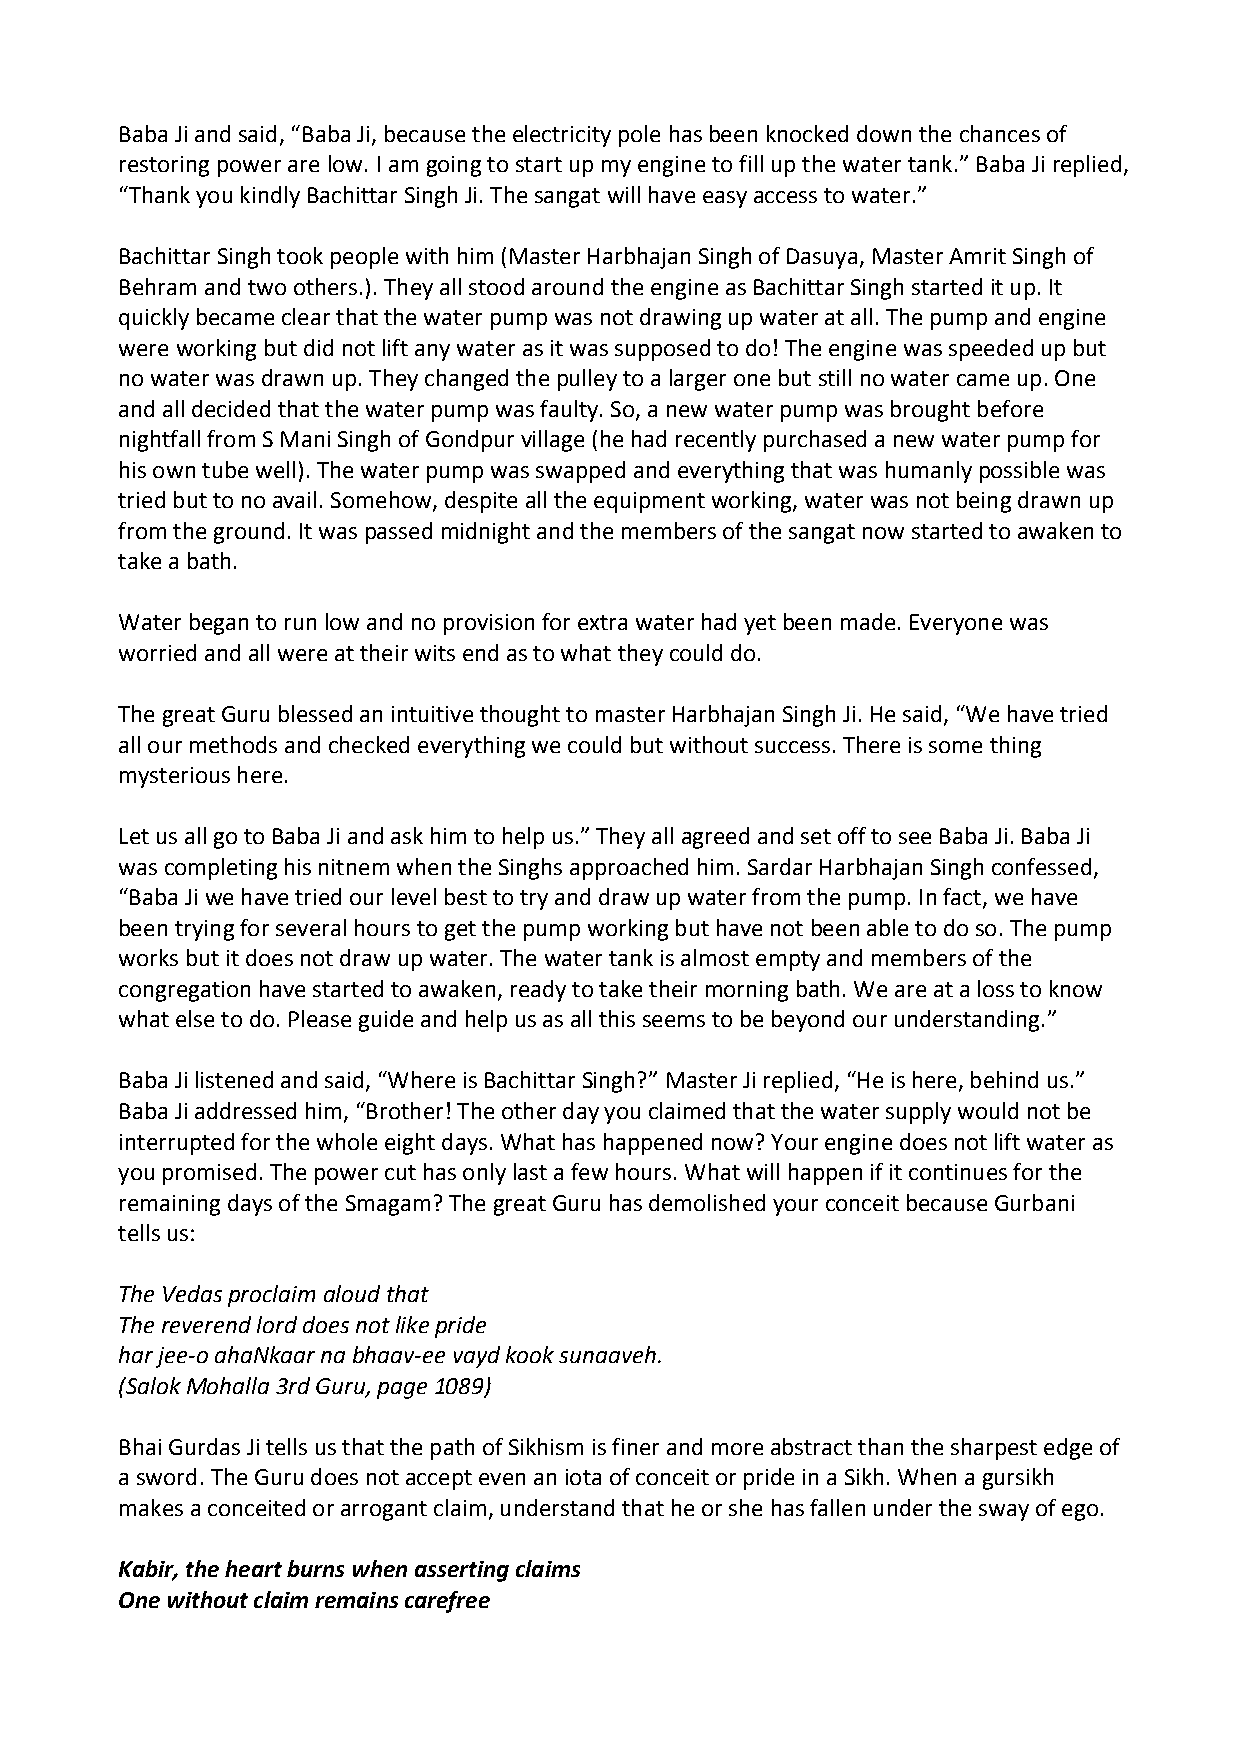
Baba Ji and said, “Baba Ji, because the electricity pole has been knocked down the chances of
 restoring power are low. I am going to start up my engine to fill up the water tank.” Baba Ji replied,
 “Thank you kindly Bachittar Singh Ji. The sangat will have easy access to water.”
 Bachittar Singh took people with him (Master Harbhajan Singh of Dasuya, Master Amrit Singh of
 Behram and two others.). They all stood around the engine as Bachittar Singh started it up. It
 quickly became clear that the water pump was not drawing up water at all. The pump and engine
 were working but did not lift any water as it was supposed to do! The engine was speeded up but
 no water was drawn up. They changed the pulley to a larger one but still no water came up. One
 and all decided that the water pump was faulty. So, a new water pump was brought before
 nightfall from S Mani Singh of Gondpur village (he had recently purchased a new water pump for
 his own tube well). The water pump was swapped and everything that was humanly possible was
 tried but to no avail. Somehow, despite all the equipment working, water was not being drawn up
 from the ground. It was passed midnight and the members of the sangat now started to awaken to
 take a bath.
 Water began to run low and no provision for extra water had yet been made. Everyone was
 worried and all were at their wits end as to what they could do.
 The great Guru blessed an intuitive thought to master Harbhajan Singh Ji. He said, “We have tried
 all our methods and checked everything we could but without success. There is some thing
 mysterious here.
 Let us all go to Baba Ji and ask him to help us.” They all agreed and set off to see Baba Ji. Baba Ji
 was completing his nitnem when the Singhs approached him. Sardar Harbhajan Singh confessed,
 “Baba Ji we have tried our level best to try and draw up water from the pump. In fact, we have
 been trying for several hours to get the pump working but have not been able to do so. The pump
 works but it does not draw up water. The water tank is almost empty and members of the
 congregation have started to awaken, ready to take their morning bath. We are at a loss to know
 what else to do. Please guide and help us as all this seems to be beyond our understanding.”
 Baba Ji listened and said, “Where is Bachittar Singh?” Master Ji replied, “He is here, behind us.”
 Baba Ji addressed him, “Brother! The other day you claimed that the water supply would not be
 interrupted for the whole eight days. What has happened now? Your engine does not lift water as
 you promised. The power cut has only last a few hours. What will happen if it continues for the
 remaining days of the Smagam? The great Guru has demolished your conceit because Gurbani
 tells us:
 The Vedas proclaim aloud that
 The reverend lord does not like pride
 har jee‐o ahaNkaar na bhaav‐ee vayd kook sunaaveh.
 (Salok Mohalla 3rd Guru, page 1089)
 Bhai Gurdas Ji tells us that the path of Sikhism is finer and more abstract than the sharpest edge of
 a sword. The Guru does not accept even an iota of conceit or pride in a Sikh. When a gursikh
 makes a conceited or arrogant claim, understand that he or she has fallen under the sway of ego.
 Kabir, the heart burns when asserting claims
 One without claim remains carefree